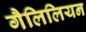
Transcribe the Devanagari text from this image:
गैलिलियन